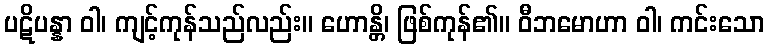
ပဋိပန္နာ ဝါ၊ ကျင့်ကုန်သည်လည်း။ ဟောန္တိ၊ ဖြစ်ကုန်၏။ ဝီဘမောဟာ ဝါ၊ ကင်းသော